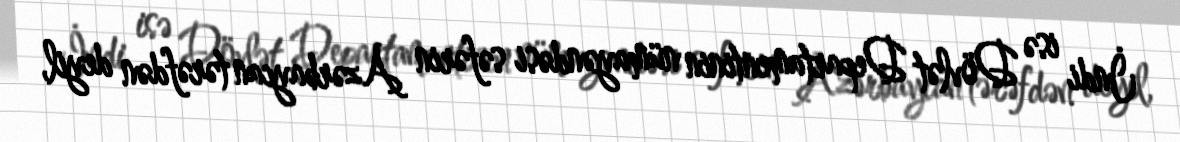
İndi isə Dövlət Departamentinin nümayəndəsi səfərin Azərbaycan tərəfdən deyil,